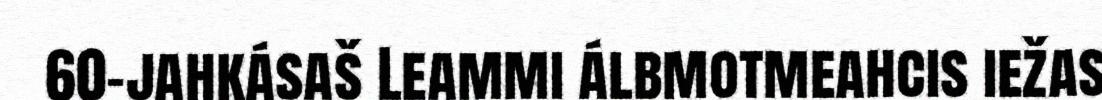
60-jahkásaš Leammi álbmotmeahcis iežas